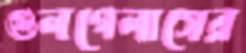
গুলগেলাসের